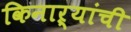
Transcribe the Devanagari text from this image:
किनाऱ्यांची